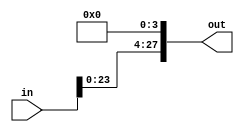


module Shifter(in, out);

parameter INPUT_LEN = 26;

parameter OUTPUT_LEN = 28;

input [INPUT_LEN - 1 : 0] in;

 wire [INPUT_LEN + 1: 0] out_tmp;

output reg [OUTPUT_LEN - 1 : 0] out;

assign out_tmp = {in << 2, 2'b0};

always @(in) out = out_tmp[OUTPUT_LEN - 1 : 0];



endmodule